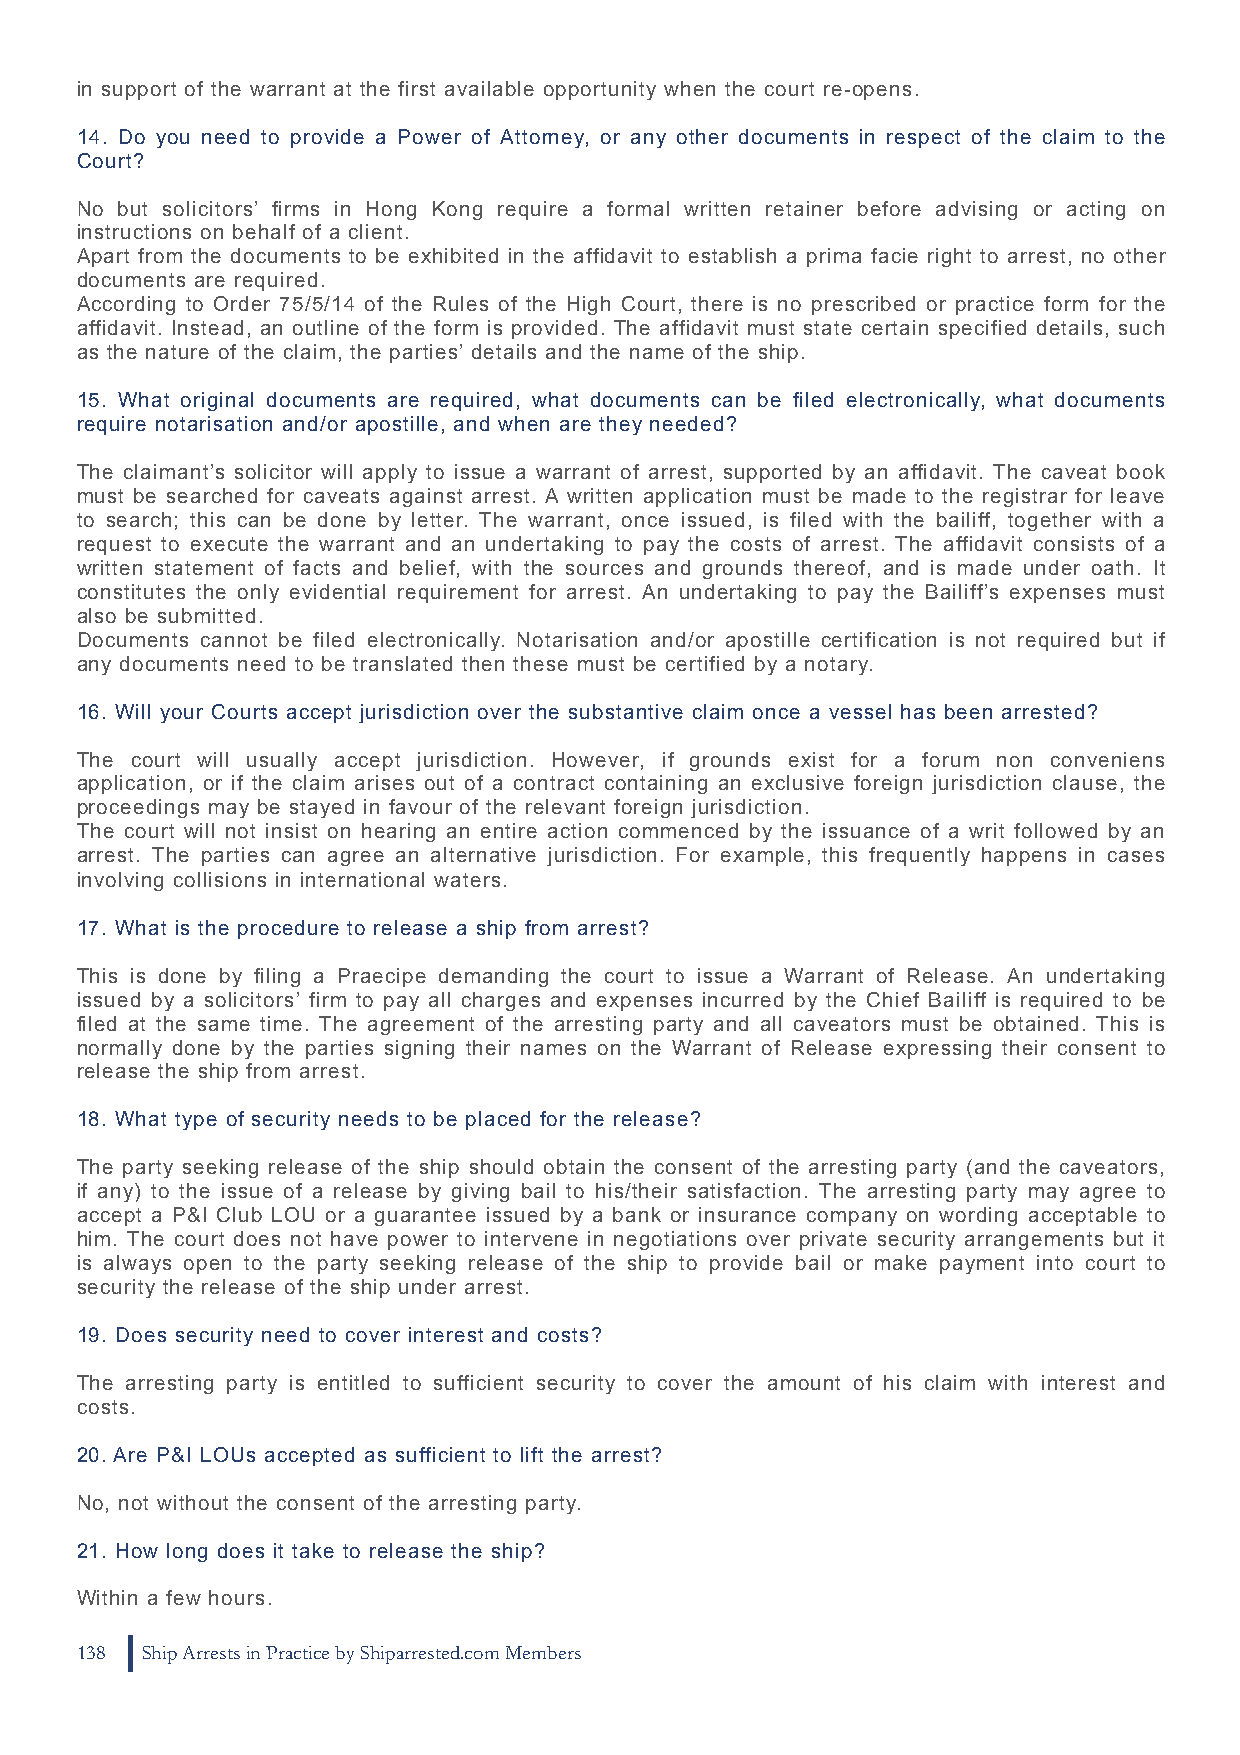
in support of the warrant at the first available opportunity when the court re-opens.
 14. Do you need to provide a Power of Attorney, or any other documents in respect of the claim to the
 Court?
 No but solicitors’ firms in Hong Kong require a formal written retainer before advising or acting on
 instructions on behalf of a client.
 Apart from the documents to be exhibited in the affidavit to establish a prima facie right to arrest, no other
 documents are required.
 According to Order 75/5/14 of the Rules of the High Court, there is no prescribed or practice form for the
 affidavit. Instead, an outline of the form is provided. The affidavit must state certain specified details, such
 as the nature of the claim, the parties’ details and the name of the ship.
 15. What original documents are required, what documents can be filed electronically, what documents
 require notarisation and/or apostille, and when are they needed?
 The claimant’s solicitor will apply to issue a warrant of arrest, supported by an affidavit. The caveat book
 must be searched for caveats against arrest. A written application must be made to the registrar for leave
 to search; this can be done by letter. The warrant, once issued, is filed with the bailiff, together with a
 request to execute the warrant and an undertaking to pay the costs of arrest. The affidavit consists of a
 written statement of facts and belief, with the sources and grounds thereof, and is made under oath. It
 constitutes the only evidential requirement for arrest. An undertaking to pay the Bailiff’s expenses must
 also be submitted.
 Documents cannot be filed electronically. Notarisation and/or apostille certification is not required but if
 any documents need to be translated then these must be certified by a notary.
 16. Will your Courts accept jurisdiction over the substantive claim once a vessel has been arrested?
 The court will usually accept jurisdiction. However, if grounds exist for a forum non conveniens
 application, or if the claim arises out of a contract containing an exclusive foreign jurisdiction clause, the
 proceedings may be stayed in favour of the relevant foreign jurisdiction.
 The court will not insist on hearing an entire action commenced by the issuance of a writ followed by an
 arrest. The parties can agree an alternative jurisdiction. For example, this frequently happens in cases
 involving collisions in international waters.
 17. What is the procedure to release a ship from arrest?
 This is done by filing a Praecipe demanding the court to issue a Warrant of Release. An undertaking
 issued by a solicitors’ firm to pay all charges and expenses incurred by the Chief Bailiff is required to be
 filed at the same time. The agreement of the arresting party and all caveators must be obtained. This is
 normally done by the parties signing their names on the Warrant of Release expressing their consent to
 release the ship from arrest.
 18. What type of security needs to be placed for the release?
 The party seeking release of the ship should obtain the consent of the arresting party (and the caveators,
 if any) to the issue of a release by giving bail to his/their satisfaction. The arresting party may agree to
 accept a P&I Club LOU or a guarantee issued by a bank or insurance company on wording acceptable to
 him. The court does not have power to intervene in negotiations over private security arrangements but it
 is always open to the party seeking release of the ship to provide bail or make payment into court to
 security the release of the ship under arrest.
 19. Does security need to cover interest and costs?
 The arresting party is entitled to sufficient security to cover the amount of his claim with interest and
 costs.
 20. Are P&I LOUs accepted as sufficient to lift the arrest?
 No, not without the consent of the arresting party.
 21. How long does it take to release the ship?
 Within a few hours.
 138 Ship Arrests in Practice by Shiparrested.com Members